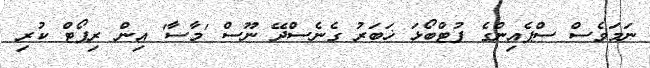
ނަމަވެސް ސްޕެއިންގެ ފުޓްބޯޅަ ޚަބަރު ގެނެސްދޭ ނޫސް 'މާސާ' އިން ރިޕޯޓް ކުރި